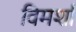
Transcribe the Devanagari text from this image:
विमर्शा